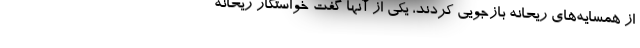
از همسایه‌های ریحانه بازجویی کردند، یکی از آنها گفت خواستگار ریحانه